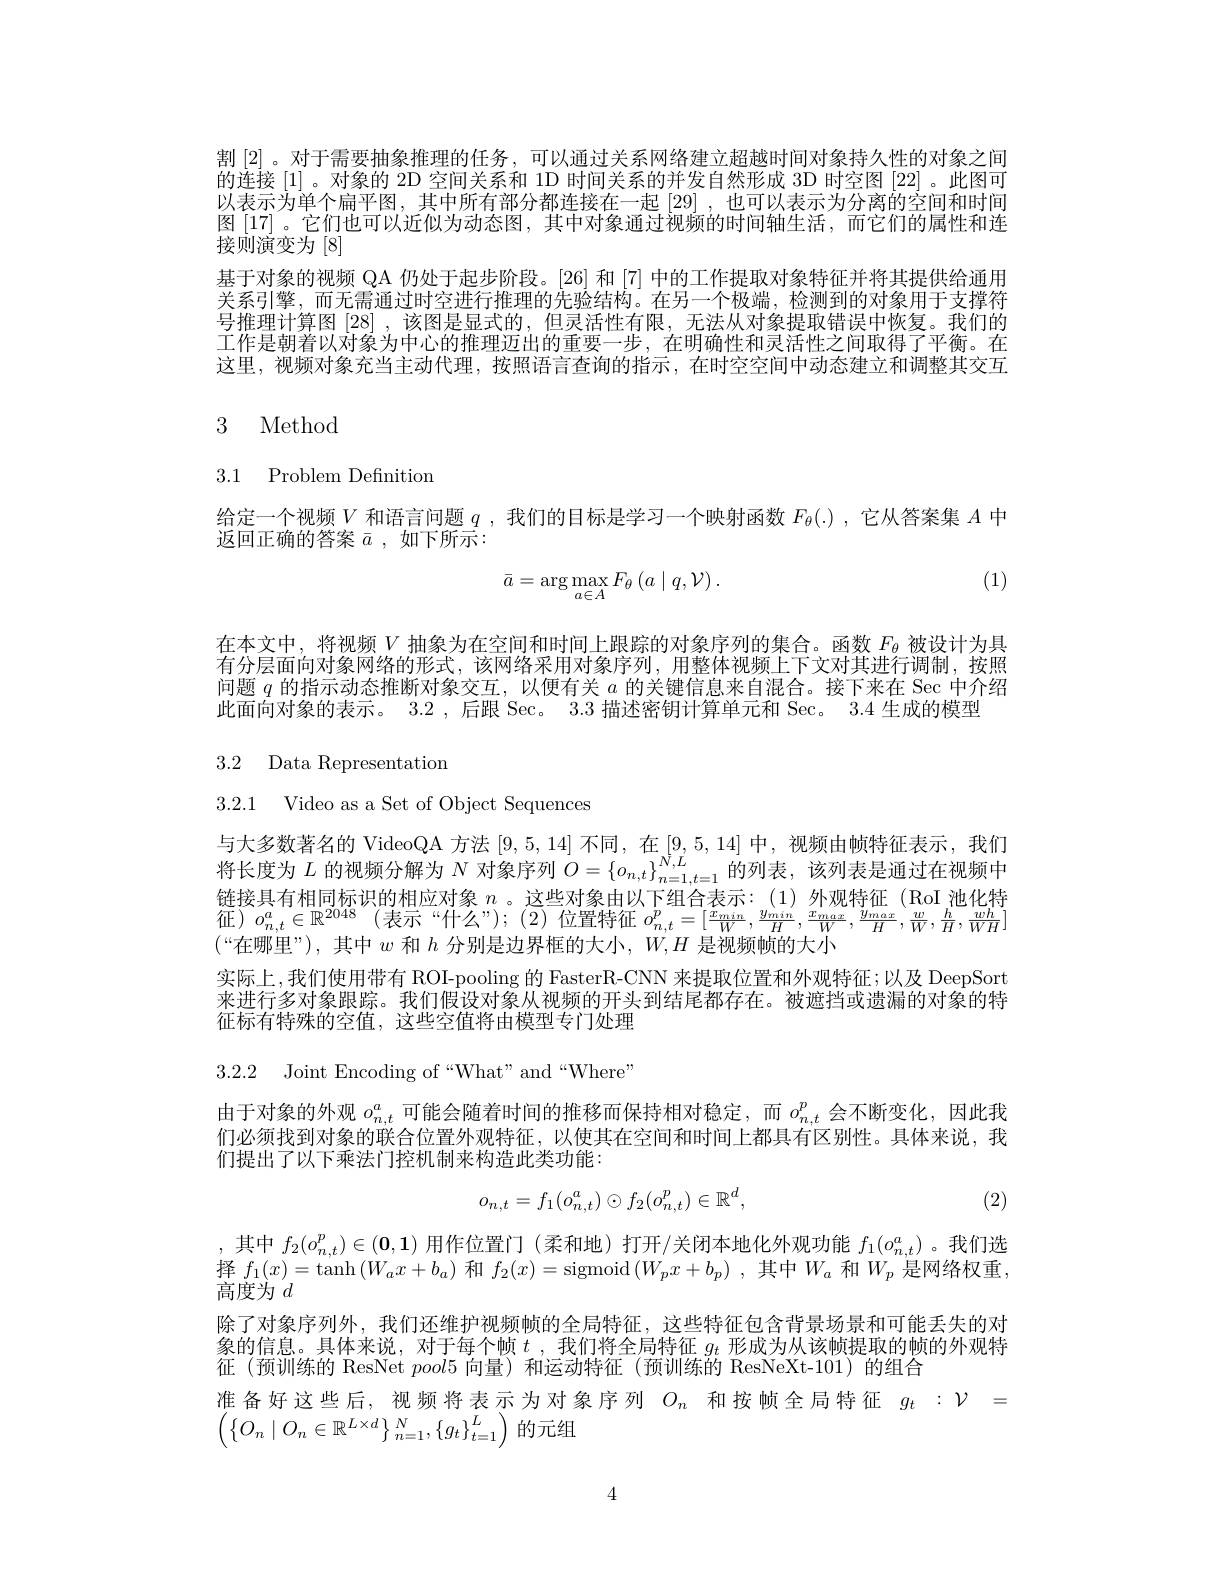
割[2] 。对于需要抽象推理的任务，可以通过关系网络建立超越时间对象持久性的对象之间的连接[1] 。对象的 2D 空间关系和 1D 时间关系的并发自然形成 3D 时空图[22] 。此图可以表示为单个扁平图，其中所有部分都连接在一起 [29] ,也可以表示为分离的空间和时间图 [17] 。它们也可以近似为动态图，其中对象通过视频的时间轴生活，而它们的属性和连接则演变为[8]
基于对象的视频 QA 仍处于起步阶段。[26] 和 [7] 中的工作提取对象特征并将其提供给通用关系引擎，而无需通过时空进行推理的先验结构。在另一个极端，检测到的对象用于支撑符号推理计算图[28] ,该图是显式的，但灵活性有限，无法从对象提取错误中恢复。我们的工作是朝着以对象为中心的推理迈出的重要一步，在明确性和灵活性之间取得了平衡。在这里，视频对象充当主动代理，按照语言查询的指示，在时空空间中动态建立和调整其交互

# 3 Method

# 3.1 Problem Definition

给定一个视频$V$和语言问题$q$ ,我们的目标是学习一个映射函数$F_\theta(.)$ ,它从答案集$A$中
返回正确的答案$\bar{a}$,如下所示：

(1)
$$\bar{a}=\arg\max_{a\in A}F_{\theta}\left(a\mid q,\mathcal{V}\right).$$
在本文中，将视频$V$抽象为在空间和时间上跟踪的对象序列的集合。函数$F_\mathrm{\theta}$被设计为具有分层面向对象网络的形式，该网络采用对象序列，用整体视频上下文对其进行调制，按照问题$q$的指示动态推断对象交互，以便有关$a$的关键信息来自混合。接下来在 Sec 中介绍此面向对象的表示。3.2 , 后跟 Sec。3.3 描述密钥计算单元和 Sec。3.4 生成的模型

3.2 Data Representation

3.2.1 Video as a Set of Object Sequences

与大多数著名的 VideoQA 方法[9,5,14]不同，在[9,5,14]中，视频由帧特征表示，我们将长度为$L$的视频分解为$N$对象序列$O=\{o_{n,t}\}_{n=1,t=1}^{N,L}$的列表，该列表是通过在视频中链接具有相同标识的相应对象$n$ 。这些对象由以下组合表示：(1)外观特征(RoI 池化特证 ) $o_{n, t}^{a}\in \mathbb{R} ^{2048}$ (表 示 “ 什 么 ” ); (2) 位 置 特 征 $o_{n, t}^{p}= [ \frac {x_{min}}W, \frac {y_{min}}H, \frac {x_{max}}W, \frac {y_{max}}H, \frac wW, \frac hW, \frac w{WH}]$ 征 ) $o_{n, t}^{a}\in \mathbb{R} ^{2048}$ (表 示 “ 什 么 ” ); (2) 位 置 特 征 $o_{n, t}^{p}= [ \frac {x_{min}}W, \frac {y_{min}}H, \frac {x_{rmax}}{}$ $(“$在哪里”),其中$w$和$h$分别是边界框的大小，$W,H$是视频帧的大小
实际上，我们使用带有 ROI-pooling 的 FasterR-CNN 来提取位置和外观特征；以及 DeepSort 来进行多对象跟踪。我们假设对象从视频的开头到结尾都存在。被遮挡或遗漏的对象的特征标有特殊的空值，这些空值将由模型专门处理

3.2.2 Joint Encoding of“What”and“Where”

由于对象的外观$o_{n,t}^a$可能会随着时间的推移而保持相对稳定，而$o_{n,t}^p$会不断变化，因此我们必须找到对象的联合位置外观特征，以使其在空间和时间上都具有区别性。具体来说，我们提出了以下乘法门控机制来构造此类功能：

(2)
$$o_{n,t}=f_1(o_{n,t}^a)\odot f_2(o_{n,t}^p)\in\mathbb{R}^d,$$
,其中$f_2(o_{n,t}^{p})\in(\mathbf{0},\mathbf{1})$用作位置门(柔和地)打开/关闭本地化外观功能 $f_1(o_{n,t}^{a})$。我们选择$f_1(x)=\tanh\left(W_{a}x+b_{a}\right)$和$f_2(x)=$sigmoid$\left(W_{p}x+b_{p}\right)$,其中$W_{a}$和$W_{p}$是网络权重， 高度为$d$
除了对象序列外，我们还维护视频帧的全局特征，这些特征包含背景场景和可能丢失的对象的信息。具体来说，对于每个帧$t$ ,我们将全局特征$g_t$形成为从该帧提取的帧的外观特征(预训练的 ResNet $pool5$向量)和运动特征(预训练的 ResNeXt-101)的组合
准备好这些后，视频将表示为对象序列$O_n$和按帧全局特征$g_t:\mathcal{V}=$
$\left(\left\{O_{n}\mid O_{n}\in\mathbb{R}^{L\times d}\right\}_{n=1}^{N},\left\{g_{t}\right\}_{t=1}^{L}\right)$的元组